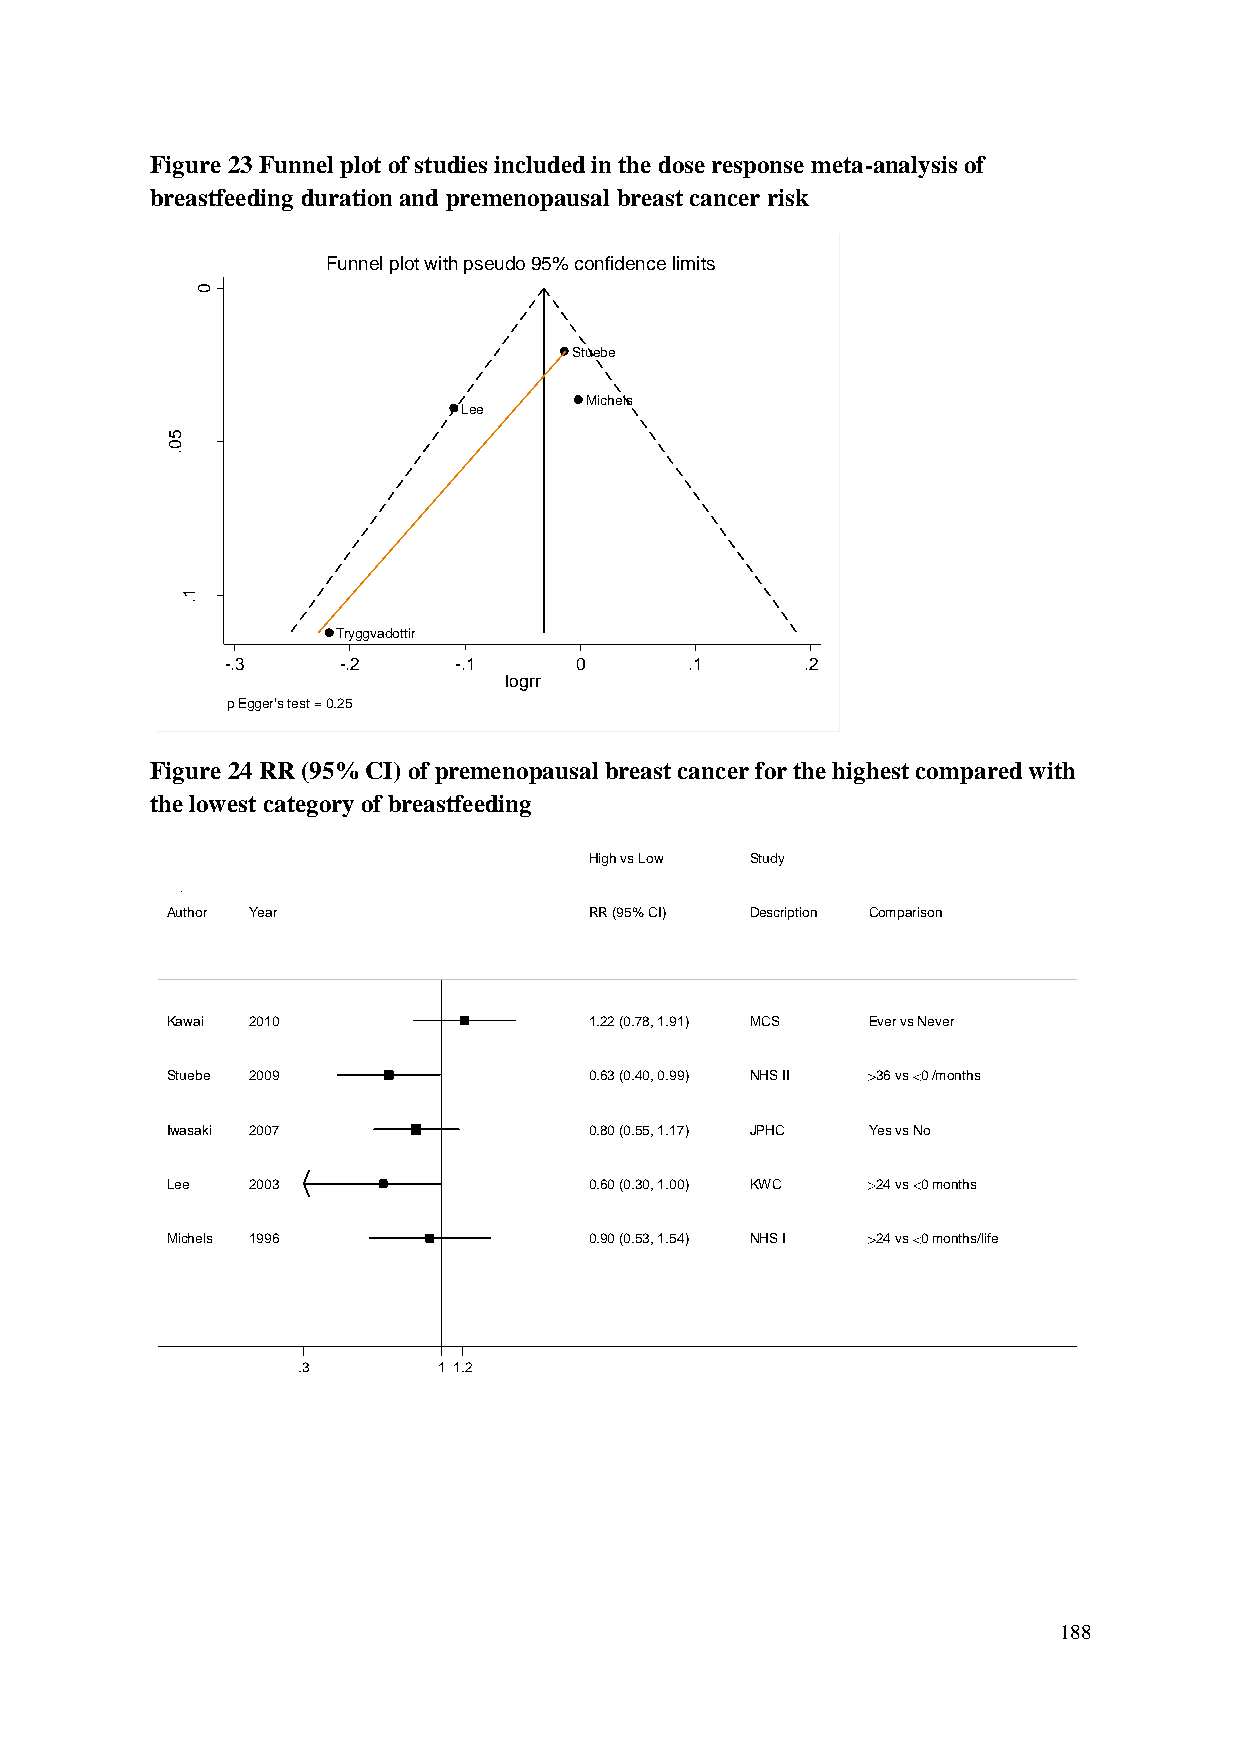
Figure 23 Funnel plot of studies included in the dose response meta-analysis of
 breastfeeding duration and premenopausal breast cancer risk
 Funnel plot with pseudo 95% confidence limits
 0
 Stuebe
 Michels
 Lee
 rrg
 5
 o      0
 l
 fo
 .
 .e
 .s
 1
 .
 Tryggvadottir
 -.3    -.2     -.1     0       .1     .2
 logrr
 p Egger's test = 0.25
 Figure 24 RR (95% CI) of premenopausal breast cancer for the highest compared with
 the lowest category of breastfeeding
 HHiigghh vvss LLooww SSttuuddyy
 Author Year                 RRRR ((9955%% CCII)) DDeessccrriippttiioonn Comparison
 Kawai 2010                  11..2222 ((00..7788,, 11..9911)) MMCCSS Ever vs Never
 Stuebe 2009                 00..6633 ((00..4400,, 00..9999)) NNHHSS IIII 36 vs 0 /months
 Iwasaki 2007                00..8800 ((00..5555,, 11..1177)) JJPPHHCC Yes vs No
 Lee  2003                   00..6600 ((00..3300,, 11..0000)) KKWWCC 24 vs 0 months
 Michels 1996                00..9900 ((00..5533,, 11..5544)) NNHHSS II 24 vs 0 months/life
 .3       11 1.2
 188